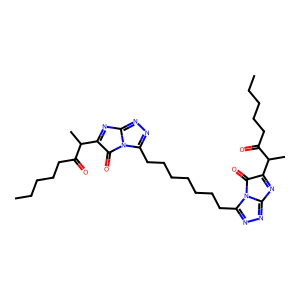
SMILES: CCCCCC(=O)C(C)C1=Nc2nnc(CCCCCCCc3nnc4n3C(=O)C(C(C)C(=O)CCCCC)=N4)n2C1=O
Inhibits HIV replication: No